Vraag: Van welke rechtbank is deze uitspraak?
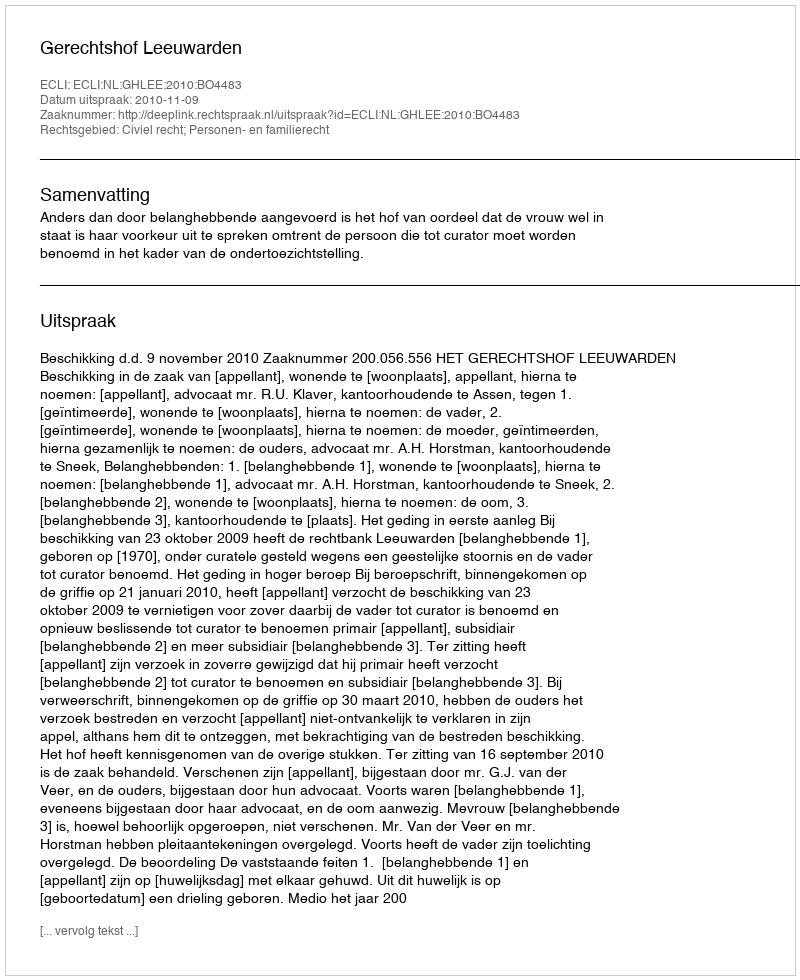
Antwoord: Gerechtshof Leeuwarden